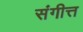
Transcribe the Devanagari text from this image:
संगीत्त